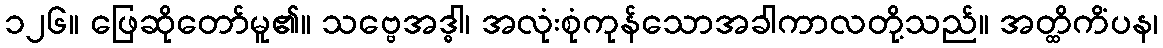
၁၂၆။ ဖြေဆိုတော်မူ၏။ သဗ္ဗေအဒ္ဓါ၊ အလုံးစုံကုန်သောအခါကာလတို့သည်။ အတ္ထိကိံပန၊